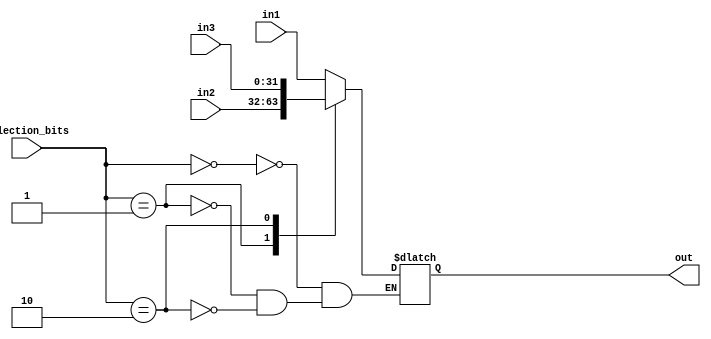
`timescale 1ns / 1ns

module MUX_3X1 ( in1, in2, in3, selection_bits, out);

input [31:0] in1, in2, in3;
input [1:0] selection_bits;
output reg [31:0] out;

always @(*)
begin
	case(selection_bits)
	2'b00:out = in1;
	2'b01:out = in2;
	2'b10:out = in3;
	endcase
		
end

endmodule